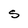
Character: S